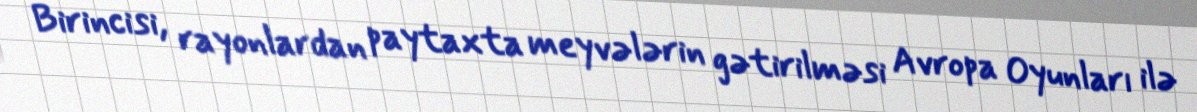
Birincisi, rayonlardan paytaxta meyvələrin gətirilməsi Avropa Oyunları ilə